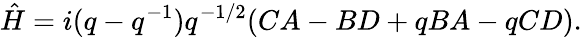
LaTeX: \hat{H}=i(q-q^{-1})q^{-1/2}(CA-BD+qBA-qCD).